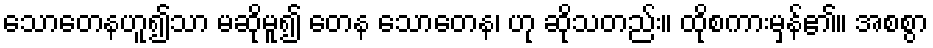
သောတေနဟူ၍သာ မဆိုမူ၍ တေန သောတေန၊ ဟု ဆိုသတည်း။ ထိုစကားမှန်၏။ အစစွာ